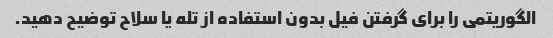
الگوریتمی را برای گرفتن فیل بدون استفاده از تله یا سلاح توضیح دهید.